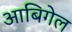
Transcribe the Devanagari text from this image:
आबिगेल